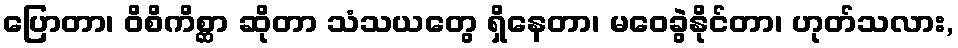
ပြောတာ၊ ဝိစိကိစ္ဆာ ဆိုတာ သံသယတွေ ရှိနေတာ၊ မဝေခွဲနိုင်တာ၊ ဟုတ်သလား,